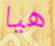
هيا